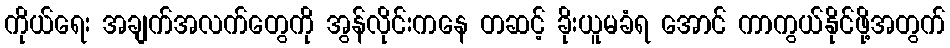
ကိုယ်ရေး အချက်အလက်တွေကို အွန်လိုင်းကနေ တဆင့် ခိုးယူမခံရ အောင် ကာကွယ်နိုင်ဖို့အတွက်